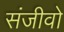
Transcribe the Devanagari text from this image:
संजीवो